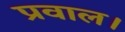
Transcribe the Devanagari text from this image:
प्रवाल।